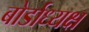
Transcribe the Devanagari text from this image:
बोर्डाध्यक्ष